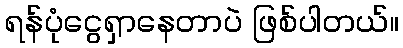
ရန်ပုံငွေရှာနေတာပဲ ဖြစ်ပါတယ်။